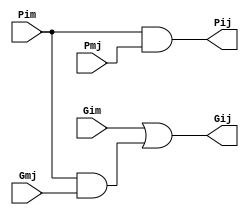
module BlackCell(Pij, Gij, Pim, Gim, Pmj, Gmj);
	input Pim, Gim, Pmj, Gmj;
	output Pij, Gij;
	
	assign Pij = Pim & Pmj;
	assign Gij = Gim | (Pim & Gmj);
	// (P_i:j, G_i:j) = (P_i:m and P_m-1:j, G_i:m + P_i:m and G_m-1:j)
endmodule